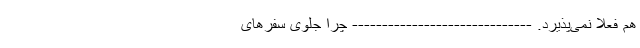
هم فعلا نمی‌پذیرد. ------------------------------ چرا جلوی سفرهای